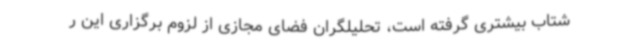
شتاب بیشتری گرفته است، تحلیلگران فضای مجازی از لزوم برگزاری این ر